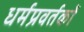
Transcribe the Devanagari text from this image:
धर्मप्रवर्तकों